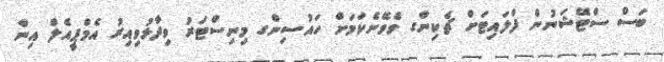
ބަސް ސްޓޭޝަނުން ފްލައިޓަށް ޗެކިންގ ވެވޭނެކަމަށް ހައުސިންގ މިނިސްޓަރު ވިދާޅުވިއިރު އެމްޕީއެލް އިން